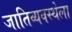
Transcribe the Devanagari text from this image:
जातिव्यवस्थेला